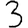
Digit: 3